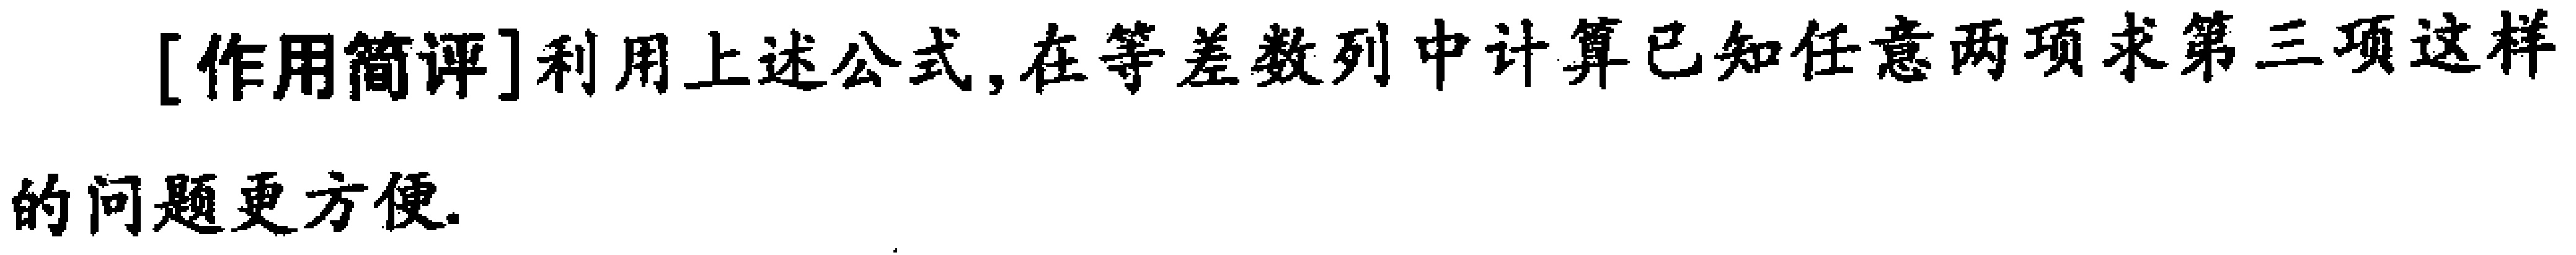
[作用简评]利用上述公式,在等差数列中计算已知任意两项求第三项这样的问题更方便.